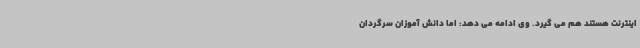
اینترنت هستند هم می گیرد. وی ادامه می دهد: اما دانش آموزان سرگردان